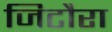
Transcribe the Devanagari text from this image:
जिटौरा